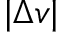
| \Delta v |